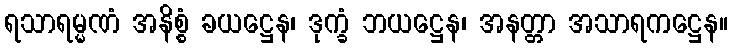
ရသာရမ္မဏံ အနိစ္စံ ခယဋ္ဌေန၊ ဒုက္ခံ ဘယဋ္ဌေန၊ အနတ္တာ အသာရကဋ္ဌေန။